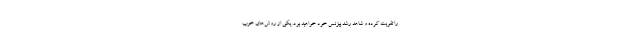
را تقویت کرده و شاهد رشد بیزنس خود خواهید بود. یکی از روش‌های خوب